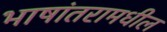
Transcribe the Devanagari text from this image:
भाषांतरामधील